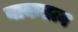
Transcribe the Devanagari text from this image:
वाकतत्व